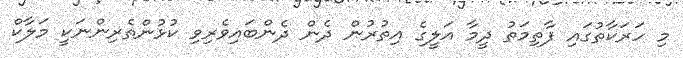
މި ހަރަކާތުގައި ފާތިމަތު ދީމާ އަލީގެ އިތުރުން ދެން ދެންބައިވެރިވި ކުޅުންތެރިންނަކީ މަލާކް